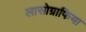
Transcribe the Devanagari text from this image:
लासोग्राफिया